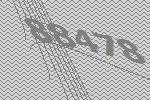
88478